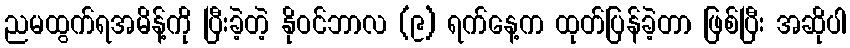
ညမထွက်ရအမိန့်ကို ပြီးခဲ့တဲ့ နိုဝင်ဘာလ (၉) ရက်နေ့က ထုတ်ပြန်ခဲ့တာ ဖြစ်ပြီး အဆိုပါ